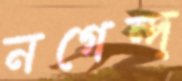
নগেন্দ্